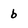
Character: b